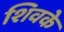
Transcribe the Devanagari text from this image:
शिवके